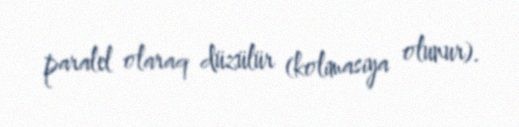
paralel olaraq düzülür (kolimasiya olunur).